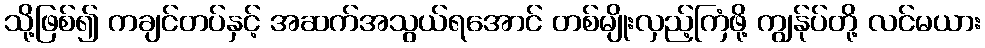
သို့ဖြစ်၍ ကချင်တပ်နှင့် အဆက်အသွယ်ရအောင် တစ်မျိုးလှည့်ကြံဖို့ ကျွန်ုပ်တို့ လင်မယား